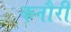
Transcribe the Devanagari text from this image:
कनौरी